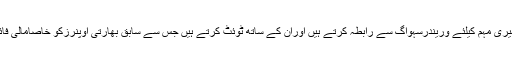
بہت سے برانڈاپنی تشہیری مہم کیلئے وریندرسہواگ سے رابطہ کرتے ہیں اوراُن کے ساتھ ٹوئٹ کرتے ہیں جس سے سابق بھارتی اوپنرزکو خاصامالی فائدہ بھی حاصل ہوتاہے۔